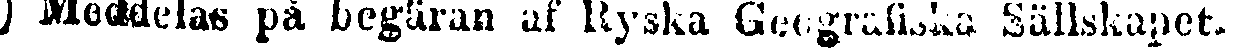
*) Meddelas på begäran af Ryska Geografiska Sällskapet.